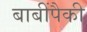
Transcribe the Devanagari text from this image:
बाबींपैकी